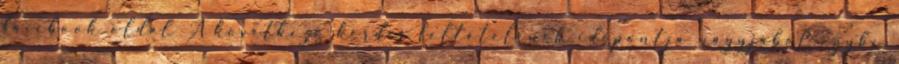
facebook oldal A következő kérdés feltételének időpontja nagyjából egybe